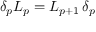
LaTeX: \delta _ { p } { \cal L } _ { p } = { \cal L } _ { p + 1 } \, \delta _ { p }